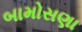
બામોસણા